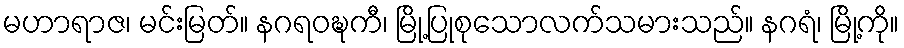
မဟာရာဇ၊ မင်းမြတ်။ နဂရဝဍ္ဎကီ၊ မြို့ပြုစုသောလက်သမားသည်။ နဂရံ၊ မြို့ကို။